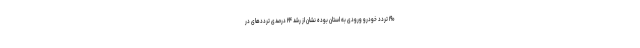
۱۹۰ تردد خودرو ورودی به استان بوده نشان از رشد ۲۴ درصدی ترددهای در